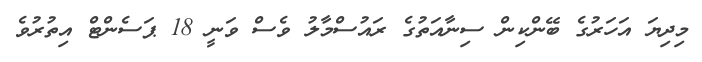
މިދިޔަ އަހަރުގެ ބޭންކިން ސިނާއަތުގެ ރައުސްމާލު ވެސް ވަނީ 18 ޕަސެންޓް އިތުރުވެ